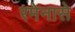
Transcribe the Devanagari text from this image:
रमेनासे